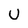
Character: U